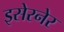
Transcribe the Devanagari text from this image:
इसेरनेर